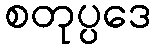
စတုပ္ပဒေ